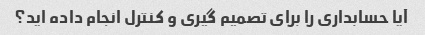
آیا حسابداری را برای تصمیم گیری و کنترل انجام داده اید؟